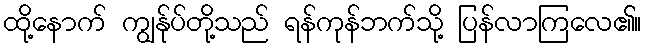
ထို့နောက် ကျွန်ုပ်တို့သည် ရန်ကုန်ဘက်သို့ ပြန်လာကြလေ၏။